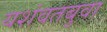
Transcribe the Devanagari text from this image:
यशंवतबुवा